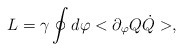
\begin{align*}L=\gamma\oint d\varphi <\partial_\varphi Q \dot Q>,\end{align*}